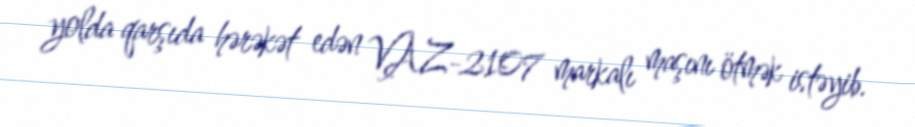
yolda qarşıda hərəkət edən VAZ-2107 markalı maşını ötmək istəyib.